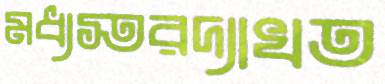
মধ্যস্তরদ্যাখত